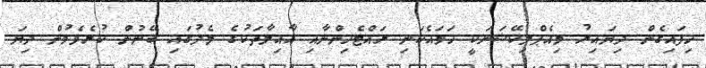
ހިފައިގެން ދިޔައިރު މިއެޕްލިކޭޝަނަކީ ހަމައެކަނި ރައްޓެހިންނާއި އާއިލާތަކުގެ މެދުގައި ބޭނުން ކުރެވެމުން ދިޔަ